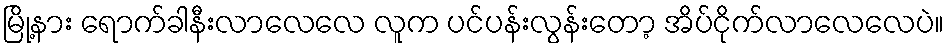
မြို့နား ရောက်ခါနီးလာလေလေ လူက ပင်ပန်းလွန်းတော့ အိပ်ငိုက်လာလေလေပဲ။